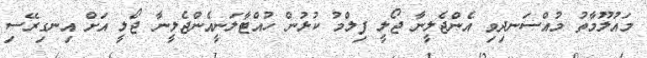
މައުލޫމާތު މުއްސަނދިވި އެންޖެލީނާ ޖޯލީ ފިލްމު ކުޅުން ހުއްޓާލަނީއެންޖެލީނާ ޖޯލީ އަށް އިނގިރޭސި